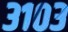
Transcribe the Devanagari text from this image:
३१०३